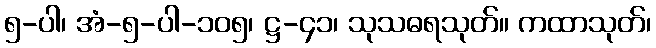
၅-ပါ၊ အံ-၅-ပါ-၁၀၅၊ ဋ္ဌ-၄၁၊ သုသဓရသုတ်။ ကထာသုတ်၊